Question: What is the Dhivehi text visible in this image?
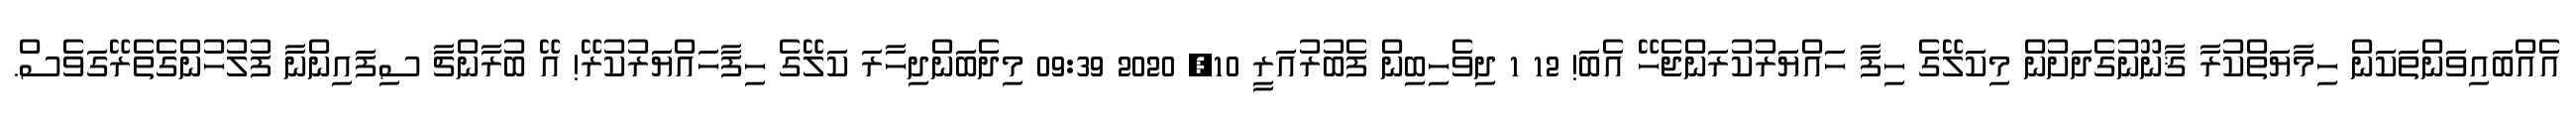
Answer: އެއްބައިވަންތަކަން ހިމާޔަތްކުރާ ޤާނޫނުގެދަށުން މިކަލޭގެ ހިފާ ހައްޔަރުކުރަންޖެހޭ އެބަ! 12 1 ދިވެހިބިން ފެބުރުއަރީ 10, 2020 09:39 މިދެބަންދިހާރަ ކަލޭގެ ހިފާހައްޔަރުކުރޭ! އޭ ބުރާންޗާ ސިފައިންނާ ފުލުހުންގެތެރޭގަވެސް.